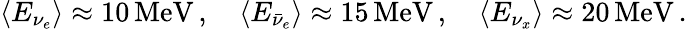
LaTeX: \langle E_{\nu_{e}}\rangle\approx 10\, \mathrm{MeV}\, ,\quad\langle E_{\bar{\nu}_{e}}\rangle\approx 15\, \mathrm{MeV}\, ,\quad\langle E_{\nu_{x}}\rangle\approx 20\, \mathrm{MeV}\, .